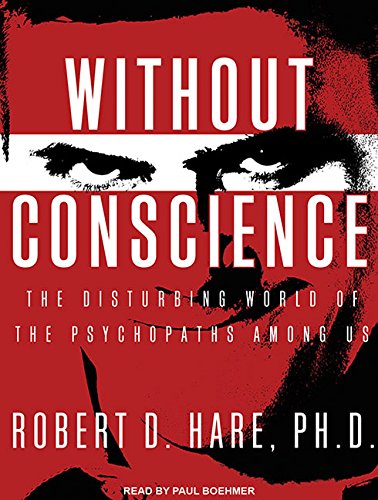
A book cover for Without Conscience: The Disturbing World of the Psychopaths Among Us; Robert D. Hare Ph.D.; Medical Books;